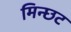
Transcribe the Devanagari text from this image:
मिन्छट